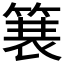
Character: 𫞽